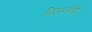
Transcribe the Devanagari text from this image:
गिएस्लेंबेर्ग